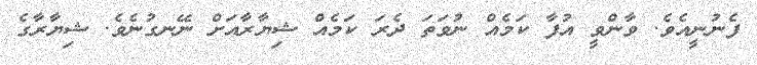
ފެނުނީއެވެ. ވާންވީ އުފާ ކަމެއް ނުވަތަ ދެރަ ކަމެއް ޝިޔާރާއަށް ނޭނގުނެވެ. ޝިޔާރާގެ